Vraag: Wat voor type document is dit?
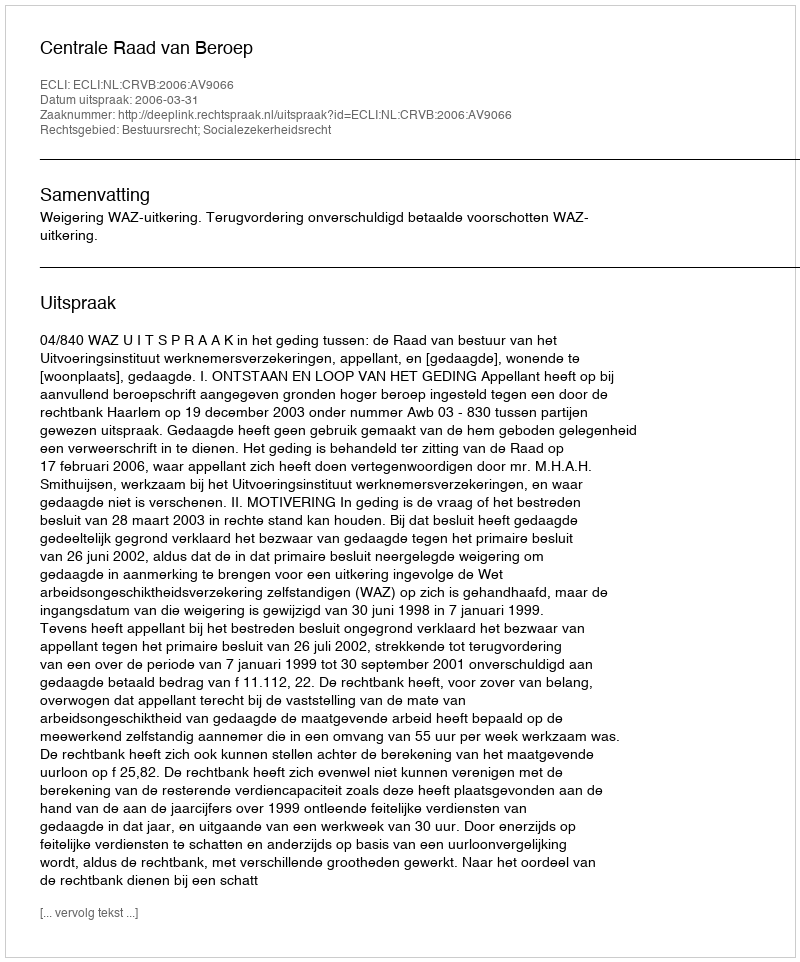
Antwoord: Uitspraak